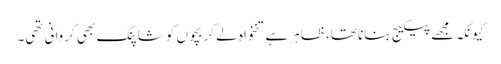
کیونکہ مجھے پیکیج بنانا تھا، ظاہر ہے تنخواہ لے کر بچوں کو شاپنگ بھی کروانی تھی۔